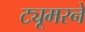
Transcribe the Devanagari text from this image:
ट्यूमरने